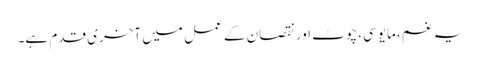
یہ غم، مایوسی، چوٹ اور نقصان کے عمل میں آخری قدم ہے۔